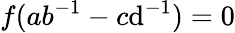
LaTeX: f(ab^{-1}-c\mathrm{d}^{-1})=0